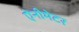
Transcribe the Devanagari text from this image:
ऐनीमेटर